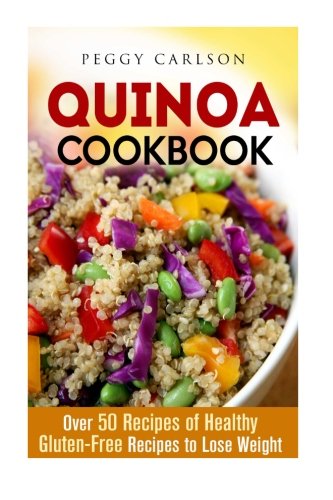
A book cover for Quinoa Cookbook: Over 50 Recipes of Healthy Gluten-Free Recipes to Lose Weight (Low Carb Paleo); Peggy Carlson; Cookbooks, Food & Wine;